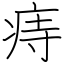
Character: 痔